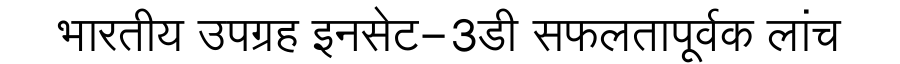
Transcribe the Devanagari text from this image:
भारतीय उपग्रह इनसेट-3डी सफलतापूर्वक लांच